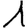
Digit: 1